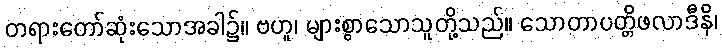
တရားတော်ဆုံးသောအခါ၌။ ဗဟူ၊ များစွာသောသူတို့သည်။ သောတာပတ္တိဖလာဒီနိ၊